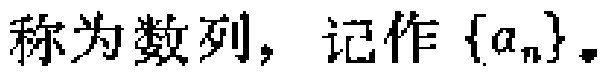
称为数列，记作\(\{a_{n}\}\)。